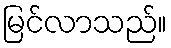
မြင်လာသည်။